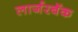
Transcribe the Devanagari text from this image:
लार्जरबॅक